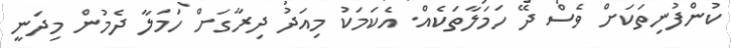
ކުންފުނިތަކަށް ވެސް ދޭ ހަމަލާތަކެއް. އެކަމަކު މިއަދު ދިރާގަށް ހަމަލާ ދެމުން މިދަނީ